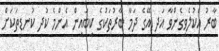
ބާރު އެކުލެވިގެންވާ އަދި އޭގެ ދަމާ ބާރުތަކުގެ ކިބައިން އެންމެ ކުދި ކުނޑިތަކަށް